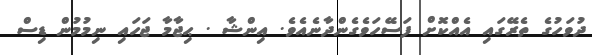
ދުވަހުގެ ތެރޭގައި އެއްކޮށް ފަސޭހަވެގެންދާނެއެވެ. އިންޝާ . ޙިޖާމާ ޖަހައި ނިމުމުން ޑިސް